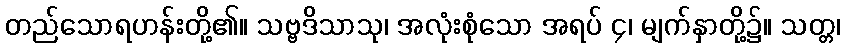
တည်သောရဟန်းတို့၏။ သဗ္ဗဒိသာသု၊ အလုံးစုံသော အရပ် ၄၊ မျက်နှာတို့၌။ သတ္တ၊